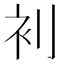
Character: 𮕥